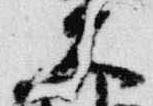
大